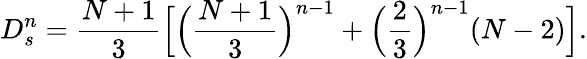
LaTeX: D_{s}^{n}=\frac{N+1}{3}\Bigl[\Bigl(\frac{N+1}{3}\Bigr)^{n-1}+\Bigl(\frac{2}{3}\Bigr)^{n-1}(N-2)\Bigr].